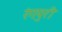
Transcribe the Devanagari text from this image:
रंगपुरी